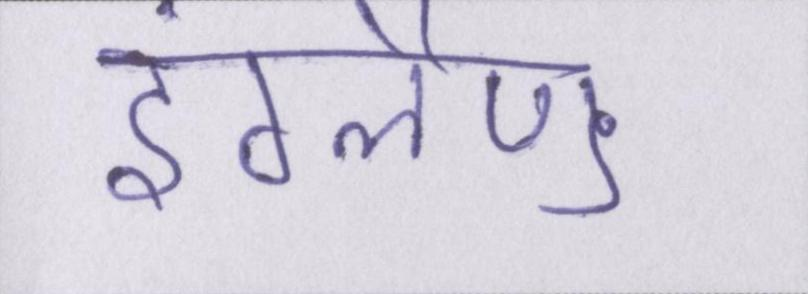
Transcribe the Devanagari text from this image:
इंग्लैण्ड